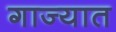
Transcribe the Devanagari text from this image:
गाज्यात